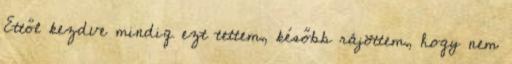
Ettől kezdve mindig ezt tettem, később rájöttem, hogy nem